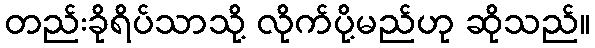
တည်းခိုရိပ်သာသို့ လိုက်ပို့မည်ဟု ဆိုသည်။